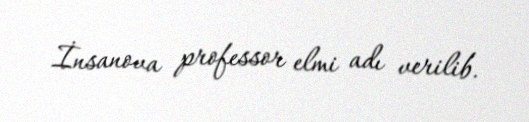
İnsanova professor elmi adı verilib.